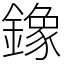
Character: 鐌